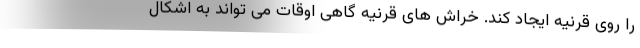
را روی قرنیه ایجاد کند. خراش های قرنیه گاهی اوقات می تواند به اشکال